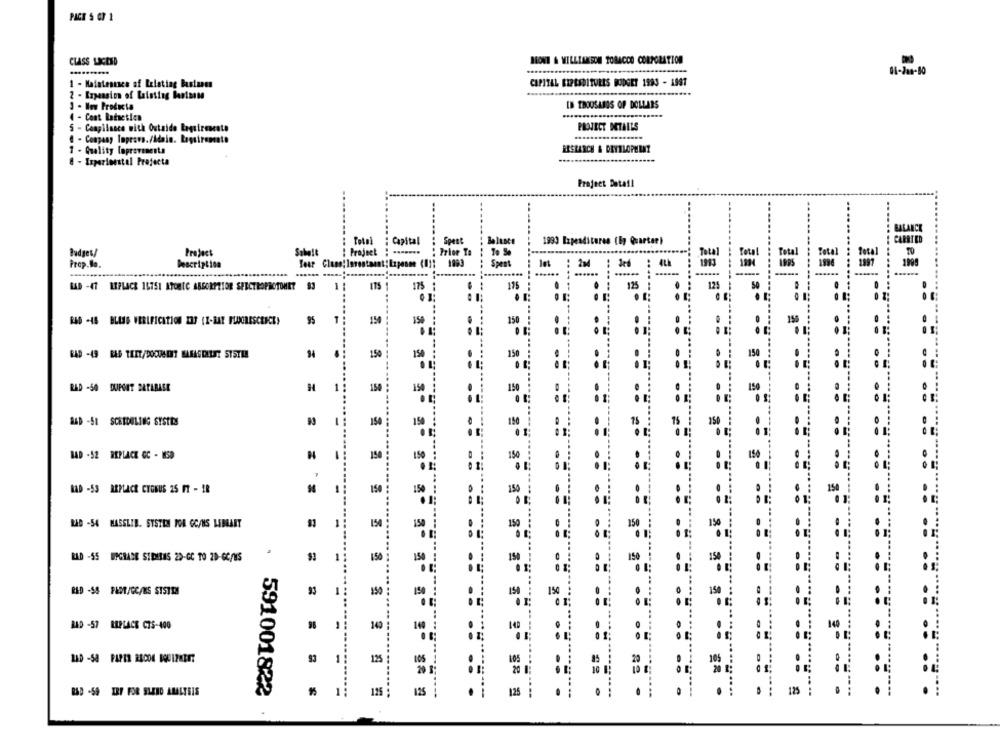
PACT S @7 1
BOONE & WILLIAMSSON TOBACCO CORPORATION
CLASS LACESD
1 - Maintenance of Relating Bastan
CAPITAL BEPESDITURES BUDGET 1993 - 1997
IN THOUSANDS OF DOLLARS
3 - New Producta
4 - Cont Ratetion
5 - Compliance with Outside Requirescato
PROJECT DETAILS
. Company Inprovs./Mdain. Regstroncato
- Quality loprovenesta
RESEARCH & DRYTLOPHENT
8 - Experimental Projecta
Project Detail
Tetni : Capital
: Spest
Balance
1993 Expenditures (By Quarter)
Capital
Badges/
Project
Sabatt
: Project : -*-****
: Prior To
Total
Total
Spent
Total
Prop.lo.
Description
...
RAD -47 LIPLACE 16751 ATOMIC ABSORPTION SPECTROPHOTOMET 93
1
ITS 1
175
175
125
121
RAD -IS BLISS VERIFICATION IRS (X-RAY FLUORESCENCE)
95
15
150
150
RAD -49 BAD TEET/DOQUESOIT MARASOLLST SYSTEM
150
150
150
RAD -50 DUPONIT DATABASE
150
150
150
======== == ==
A4D -58 SCHEDULING SYSTEM
150
15
150
BAD - 52 REPLACE GC - MSD
N
154
150
150
BAD -53 REPLACE CYGNUS 25 FT - IR
150
15
154
.
01
RAD -54 MASSLIB. SYSTEM TOR GC/MS LEBBART
1
150
=== == == == =
RAD -SS UPGRADE SIDITHIS 29-GC TO 2D-GC/MS
150
15
RED -SS PAST/GC/MS SISTEM
33
1
150
154
150
BAD -57 REPLACE C7S-400
140
1:
125
......
125
R&D -SE IRY FOR SLUND ANALYSIS
591001822
125
125
1.25
:····=----
= = = = = = -
== == =
= = = == ====